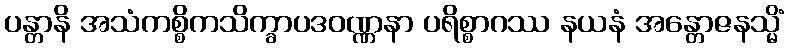
ပန္တာနိ အသံကစ္စိကသိက္ခာပဒဝဏ္ဏနာ ပရိစ္စာဂဿ နယနံ အန္တောဇနသ္မိံ